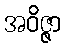
အဝိဇ္ဇာ